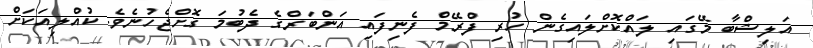
އަލިޝްބާ މޭގައި ލައްކޮށްލައިގެން ހުރި ފްރޭމް ފެނިފައި އަންބަރްގެ ދެބުމަ ގޮށްޖެހުނެވެ. ކުއްލިއަކަށް